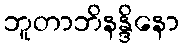
ဘူတာဘိနန္ဒိနော